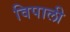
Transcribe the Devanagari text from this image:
विपाली